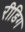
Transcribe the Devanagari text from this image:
रीडिग